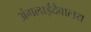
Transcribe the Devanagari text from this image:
अंगलाईदेवालय